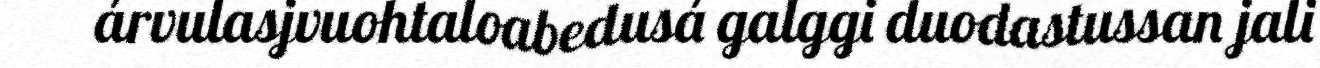
árvulasjvuohtaloabedusá galggi duodastussan jali